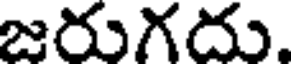
జరుగదు.